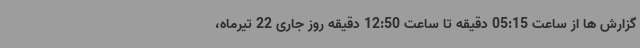
گزارش ها از ساعت 05:15 دقیقه تا ساعت 12:50 دقیقه روز جاری 22 تیرماه،